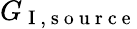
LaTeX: G_{\mathrm{~I~,~s~o~u~r~c~e~}}